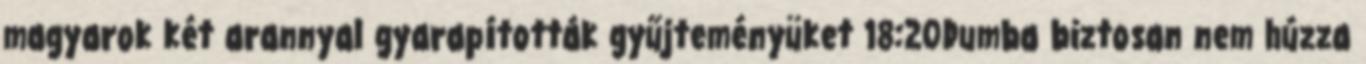
magyarok két arannyal gyarapították gyűjteményüket 18:20Dumba biztosan nem húzza